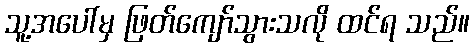
သူ့အပေါ်မှ ဖြတ်ကျော်သွားသလို ထင်ရ သည်။